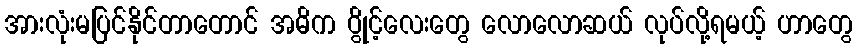
အားလုံးမပြင်နိုင်တာတောင် အဓိက ပွိုင့်လေးတွေ လောလောဆယ် လုပ်လို့ရမယ့် ဟာတွေ